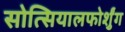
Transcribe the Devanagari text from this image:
सोत्सियालफोर्शुंग